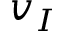
v _ { I }